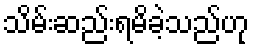
သိမ်းဆည်းရမိခဲ့သည်ဟု